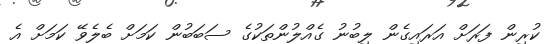
ކުރިން ފަރަށް އަރައިގެން ލިބުނު ގެއްލުންތަކުގެ ސަބަބުން ކަމަށް ބެލެވޭ ކަމަށް އެ